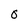
Character: 0